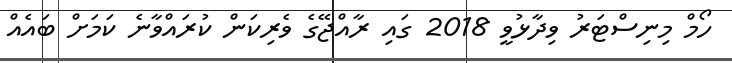
ހޯމް މިނިސްޓަރު ވިދާޅުވީ 2018 ގައި ރާއްޖޭގެ ވެރިކަން ކުރައްވާނެ ކަަމަށް ބައެއް